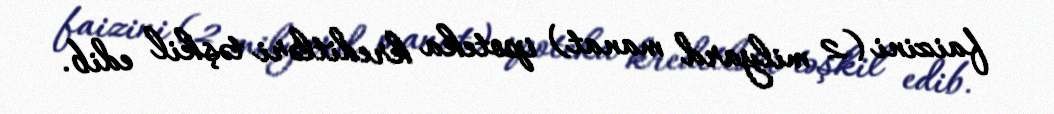
faizini (2 milyard manat) ipoteka kreditləri təşkil edib.